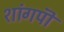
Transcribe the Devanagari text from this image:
शांगपॊ